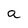
Character: a